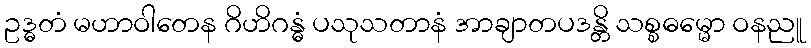
ဥဒ္ဓတံ မဟာဝါတေန ဂိဟိဂန္ဓံ ပသုသတာနံ အာချာတပဒန္တိ သစ္စဓမ္မော ဝနညူ